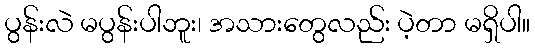
ပွန်းလဲ မပွန်းပါဘူး၊ အသားတွေလည်း ပဲ့တာ မရှိပါ။